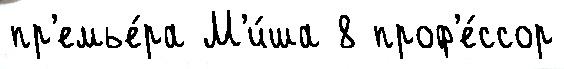
пр'емье́ра М'и́ша 8 проф'е́ссор